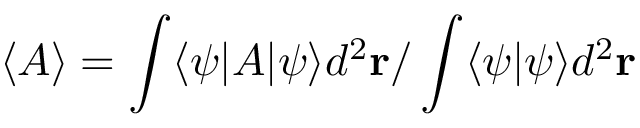
\langle A \rangle = \int \langle \psi | A | \psi \rangle d ^ { 2 } \mathbf { r } / \int \langle \psi | \psi \rangle d ^ { 2 } \mathbf { r }